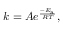
k = A e ^ { \frac { - E _ { \mathrm { { a } } } } { R T } } ,